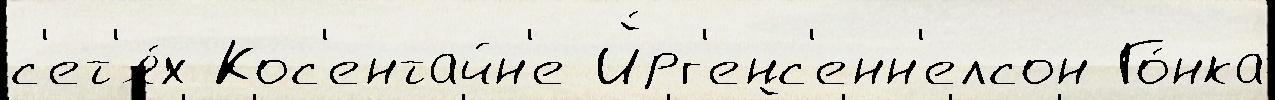
с'ет'я́х Кос'ентайн'е Й́рг'енс'енн'елсон Го́нка